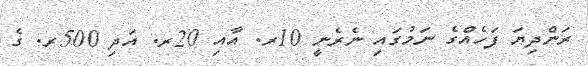
ރަންދިޔަ ފަހެއްގެ ނަމުގައި ނެރެނީ 10ރ. އާއި 20ރ. އަދި 500ރ. ގެ